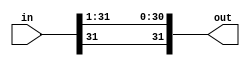
module sra1(out, in);
    input [31:0] in;
    output [31:0] out;
    
    assign out[31] = in[31];
    assign out[30:0] = in[31:1];


endmodule